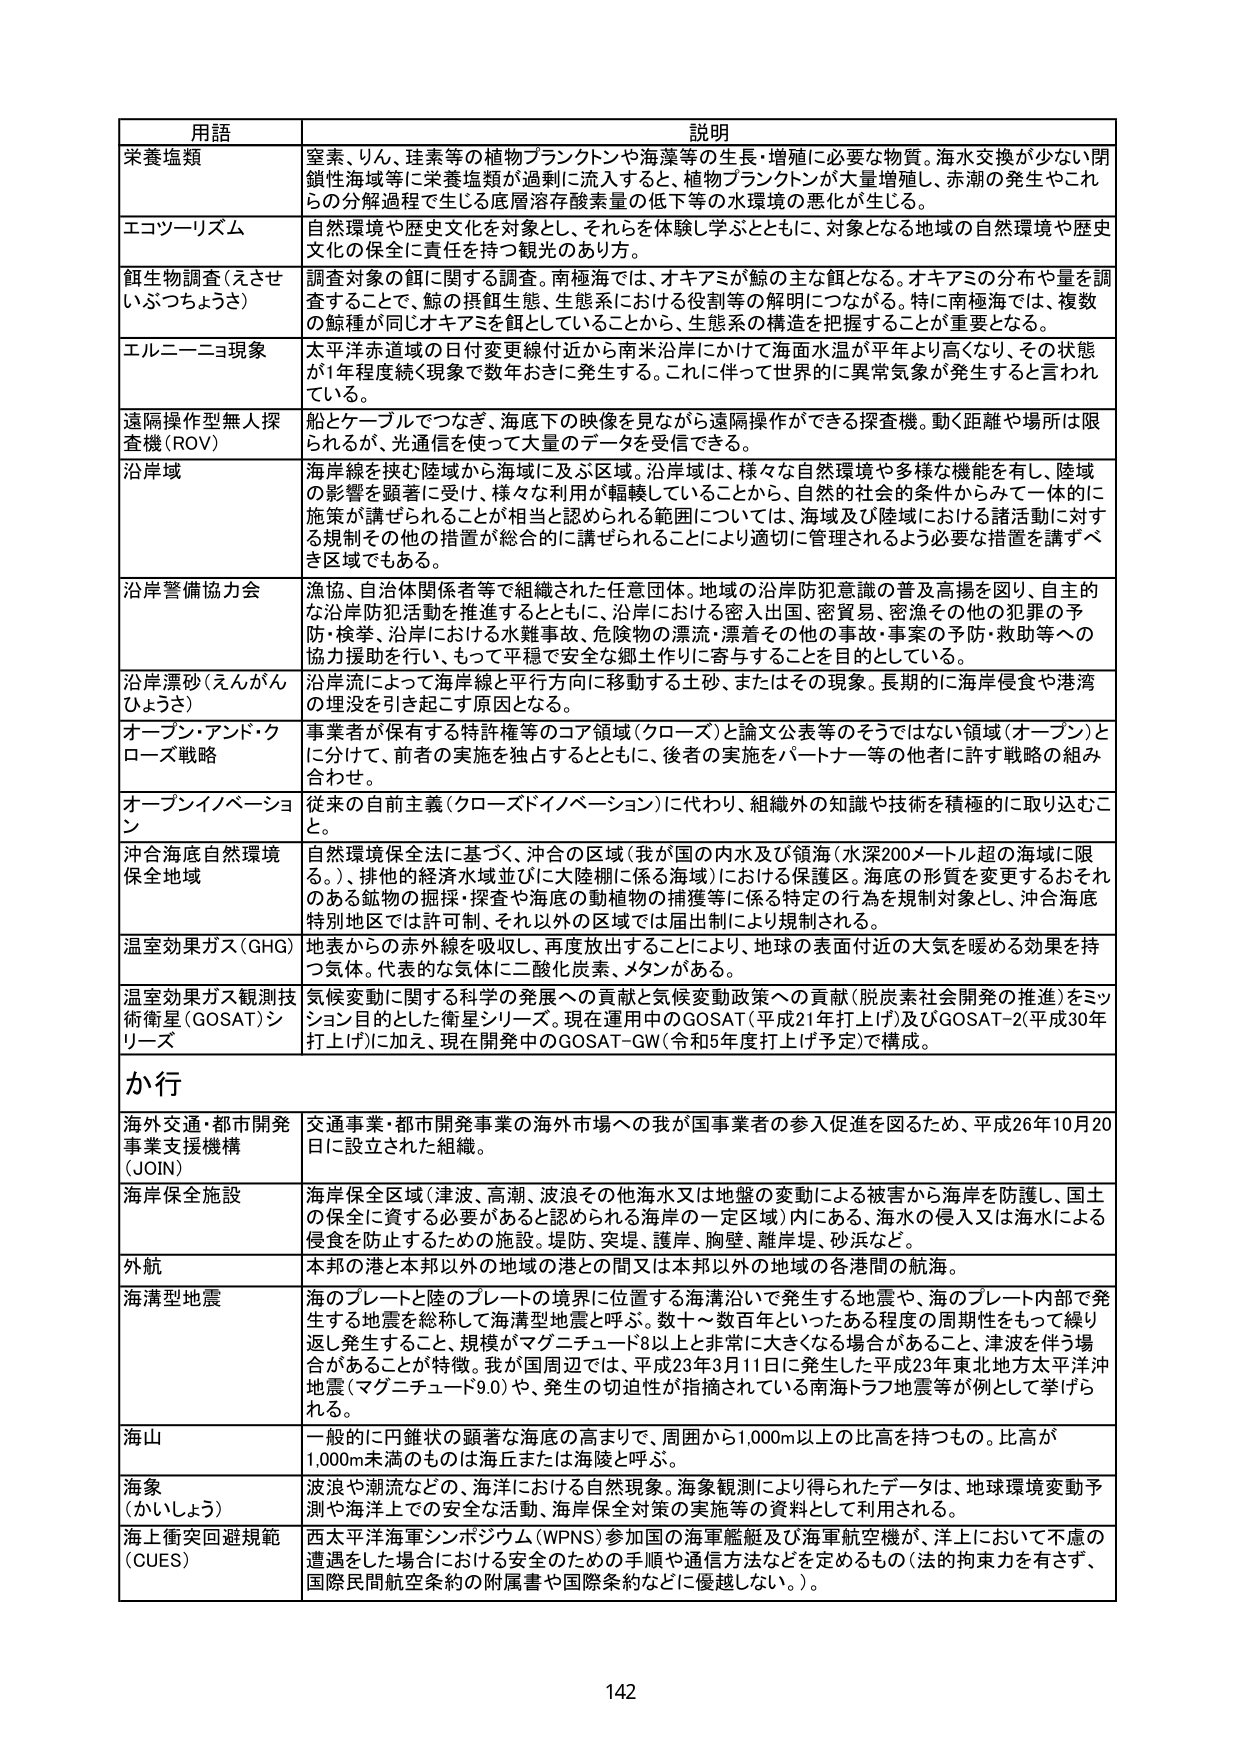
用語 説明
栄養塩類 窒素、りん、珪素等の植物プランクトンや海藻等の生長・増殖に必要な物質。海水交換が少ない閉鎖性海域等に栄養塩類が過剰に流入すると、植物プランクトンが大量増殖し、赤潮の発生やこれらの分解過程で生じる底層溶存酸素量の低下等の水環境の悪化が生じる。
エコツーリズム 自然環境や歴史文化を対象とし、それらを体験し学ぶとともに、対象となる地域の自然環境や歴史文化の保全に責任を持つ観光のあり方。
餌生物調査（えさせいぶつちょうさ） 調査対象の餌に関する調査。南極海では、オキアミが鯨の主な餌となる。オキアミの分布や量を調査することで、鯨の摂餌生態、生態系における役割等の解明につながる。特に南極海では、複数の鯨種が同じオキアミを餌としていることから、生態系の構造を把握することが重要となる。
エルニーニョ現象 太平洋赤道域の日付変更線付近から南米沿岸における海面水温が平年より高くなり、その状態が1年程度続く現象で数年おきに発生する。これに伴って世界的に異常気象が発生すると言われている。
遠隔操作型無人探査機（ROV） 船とケーブルでつなぎ、海底下の映像を見ながら遠隔操作ができる探査機。動く距離や場所は限られるが、光通信を使って大量のデータを受信できる。
沿岸域 海岸線を挟む陸域から海域に及ぶ区域。沿岸域は、様々な自然環境や多様な機能を有し、陸域の影響を顕著に受け、様々な利用が軒轅していることから、自然的・社会的条件からみて一体的に施策が講ぜられることが相当と認められる範囲については、海域及び陸域における諸活動に対する規制その他の措置が総合的に講ぜられることにより適切に管理されるよう必要な措置を講ずべき区域でもある。
沿岸警備協力会 漁協、自治体関係者等で組織された任意団体。地域の沿岸防犯意識の普及高揚を図り、自主的な沿岸防犯活動を推進するとともに、沿岸における密入出国、密貿易、密漁その他の犯罪の予防・検挙、沿岸における水難事故、危険物の漂流・漂着その他の事故・事案の予防・救助等への協力援助を行い、もって平穏で安全な郷土作りに寄与することを目的としている。
沿岸漂砂（えんがんひょうさ） 沿岸流によって海岸線と平行方向に移動する土砂、またはその現象。長期的に海岸侵食や港湾の埋没を引き起こす原因となる。
オープン・アンド・クローズ戦略 事業者が保有する特許権等のコア領域（クローズ）と論文公表等のそうではない領域（オープン）とに分けて、前者の実施を独占するとともに、後者の実施をパートナー等の他者に許す戦略の組み合わせ。
オープンイノベーション 従来の自前主義（クローズドイノベーション）に代わり、組織外の知識や技術を積極的に取り込むこと。
沖合海底自然環境保全地域 自然環境保全法に基づく、沖合の区域（我が国の内水及び領海（水深200メートル超の海域に限る。）、排他的経済水域並びに大陸棚に係る海域）における保護区。海底の形質を変更するおそれのある鉱物の掘削・探査や海底の動植物の捕獲等に係る特定の行為を規制対象とし、沖合海底特別地区では許可制、それ以外の区域では届出制により規制される。
温室効果ガス（GHG） 地表からの赤外線を吸収し、再度放出することにより、地球の表面付近の大気を暖める効果を持つ気体。代表的な気体に二酸化炭素、メタンがある。
温室効果ガス観測技術衛星（GOSAT）シリーズ 気候変動に関する科学の発展への貢献と気候変動政策への貢献（脱炭素社会開発の推進）をミッション目的とした衛星シリーズ。現在運用中のGOSAT（平成21年打上げ）及びGOSAT-2（平成30年打上げ）に加え、現在開発中のGOSAT-GW（令和5年度打上げ予定）で構成。
か行
海外交通・都市開発事業支援機構（JOIN） 交通事業・都市開発事業の海外市場への我が国事業者の参入促進を図るため、平成26年10月20日に設立された組織。
海岸保全施設 海岸保全区域（津波、高潮、波浪その他海水又は地盤の変動による被害から海岸を防護し、国土の保全に資する必要があると認められる海岸の一定区域）内にある、海水の侵入又は海水による侵食を防止するための施設。堤防、突堤、護岸、胸壁、離岸堤、砂浜など。
外航 本邦の港と本邦以外の地域の港との間又は本邦以外の地域の各港間の航海。
海溝型地震 海のプレートと陸のプレートの境界に位置する海溝沿いで発生する地震や、海のプレート内部で発生する地震を総称して海溝型地震と呼ぶ。数十～数百年といったある程度の周期性をもって繰り返し発生すること、規模がマグニチュード8以上と非常に大きくなる場合があること、津波を伴う場合があることが特徴。我が国周辺では、平成23年3月11日に発生した平成23年東北地方太平洋沖地震（マグニチュード9.0）や、発生の切迫性が指摘されている南海トラフ地震等が例として挙げられる。
海山 一般的に円錐状の顕著な海底の高まりで、周囲から1,000m以上の比高を持つもの。比高が1,000m未満のものは海丘または海陵と呼ぶ。
海象（かいしょう） 波浪や潮流などの、海洋における自然現象。海象観測により得られたデータは、地球環境変動予測や海洋上での安全な活動、海岸保全対策の実施等の資料として利用される。
海上衝突回避規範（CUES） 西太平洋海軍シンポジウム（WPNS）参加国の海軍艦艇及び海軍航空機が、洋上において不慮の遭遇をした場合における安全のための手順や通信方法などを定めるもの（法的拘束力を有さず、国際民間航空条約の附属書や国際条約などに優越しない。）。
142